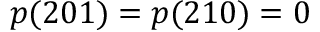
p ( 2 0 1 ) = p ( 2 1 0 ) = 0